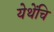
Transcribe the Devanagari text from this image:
येथेंचि